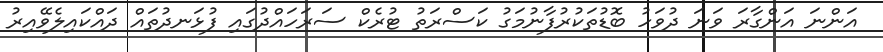
އަންނަ އަންގާރަ ވަނަ ދުވަހު ބޮޑުތަކުރުފާނުމަގު ކަސްރަތު ޓުރެކް ސަރަހައްދުގައި ފުޅަނދުތައް ދައްކައިލެވޭއިރު